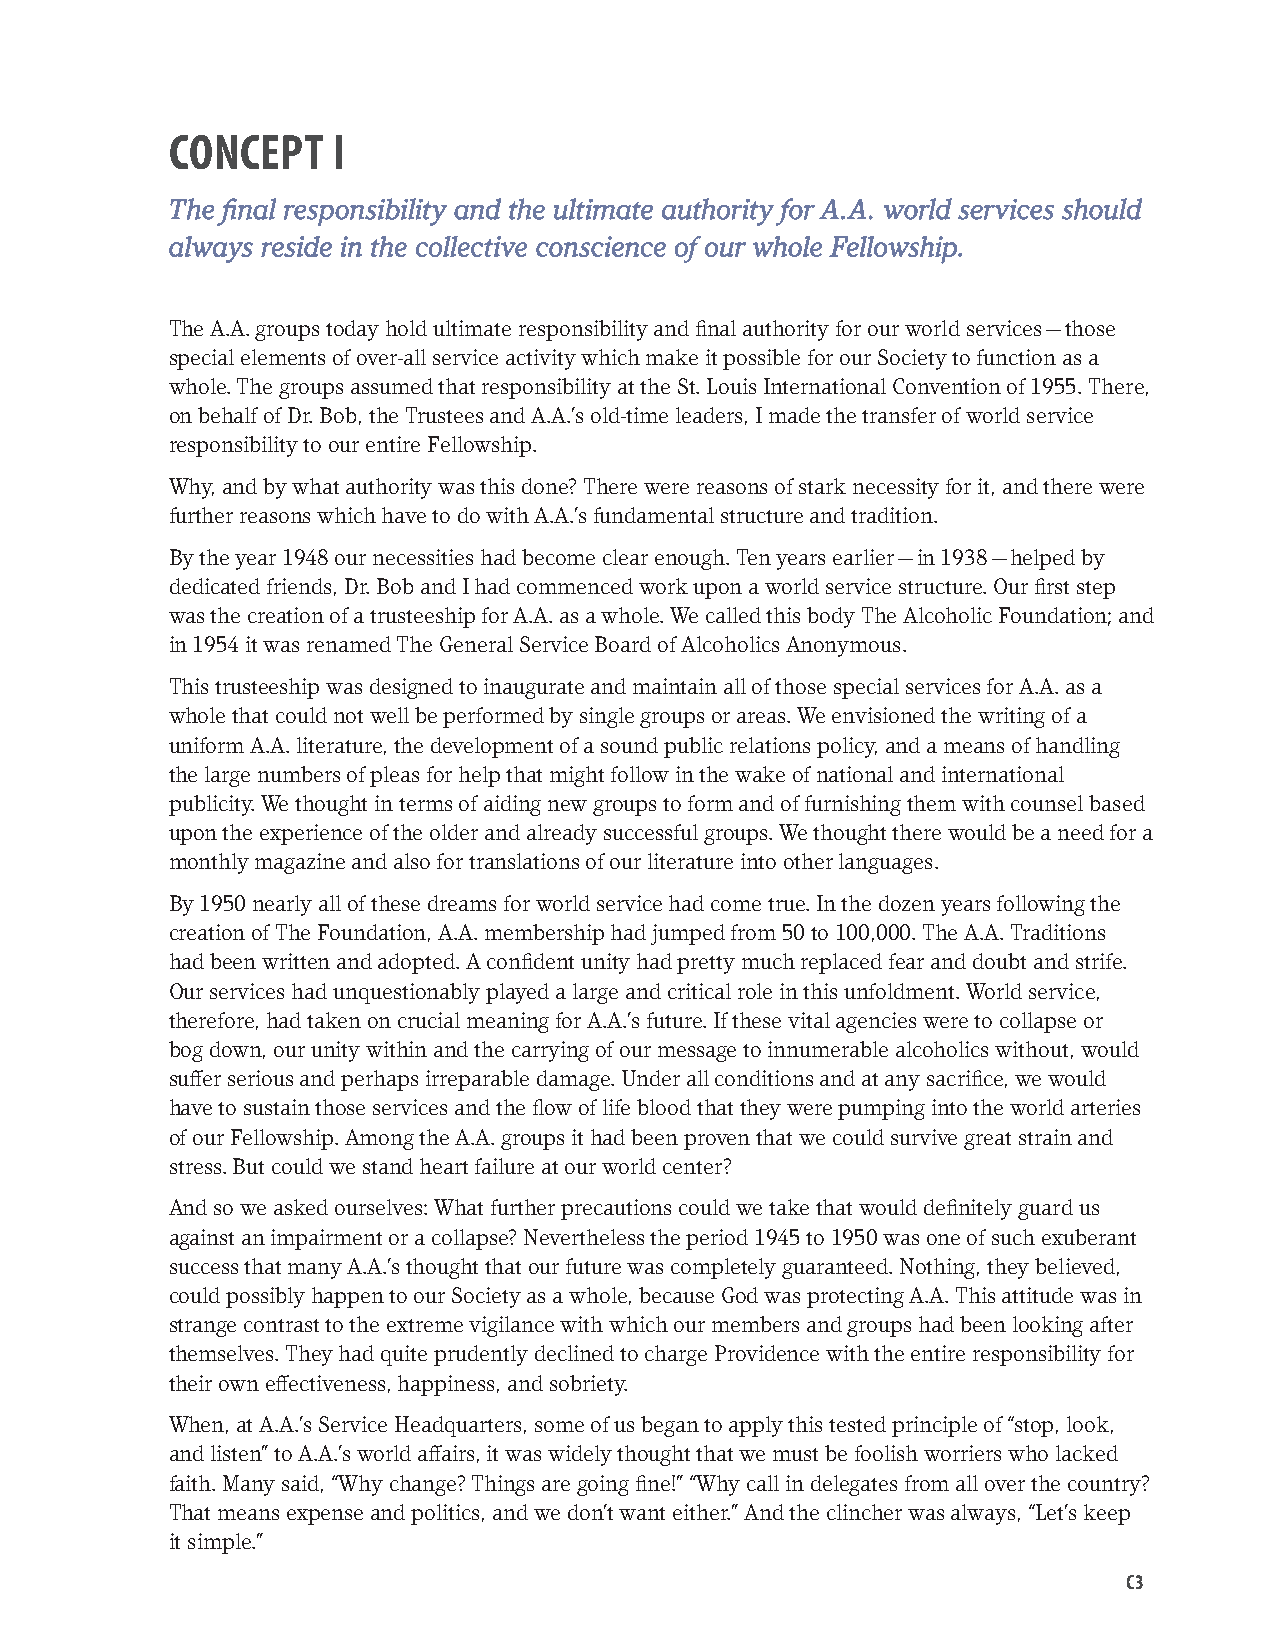
CONCEPT    I
 The final responsibility and the ultimate authority for A.A. world services should
 always reside in the collective conscience of our whole Fellowship.
 The A.A. groups today hold ultimate responsibility and final authority for our world services — those
 special elements of over-all service activity which make it possible for our Society to function as a
 whole. The groups assumed that responsibility at the St. Louis International Convention of 1955. There,
 on behalf of Dr. Bob, the Trustees and A.A.’s old-time leaders, I made the transfer of world service
 responsibility to our entire Fellowship.
 Why, and by what authority was this done? There were reasons of stark necessity for it, and there were
 further reasons which have to do with A.A.’s fundamental structure and tradition.
 By the year 1948 our necessities had become clear enough. Ten years earlier — in 1938 — helped by
 dedicated friends, Dr. Bob and I had commenced work upon a world service structure. Our first step
 was the creation of a trusteeship for A.A. as a whole. We called this body The Alcoholic Foundation; and
 in 1954 it was renamed The General Service Board of Alcoholics Anonymous.
 This trusteeship was designed to inaugurate and maintain all of those special services for A.A. as a
 whole that could not well be performed by single groups or areas. We envisioned the writing of a
 uniform A.A. literature, the development of a sound public relations policy, and a means of handling
 the large numbers of pleas for help that might follow in the wake of national and international
 publicity. We thought in terms of aiding new groups to form and of furnishing them with counsel based
 upon the experience of the older and already successful groups. We thought there would be a need for a
 monthly magazine and also for translations of our literature into other languages.
 By 1950 nearly all of these dreams for world service had come true. In the dozen years following the
 creation of The Foundation, A.A. membership had jumped from 50 to 100,000. The A.A. Traditions
 had been written and adopted. A confident unity had pretty much replaced fear and doubt and strife.
 Our services had unquestionably played a large and critical role in this unfoldment. World service,
 therefore, had taken on crucial meaning for A.A.’s future. If these vital agencies were to collapse or
 bog down, our unity within and the carrying of our message to innumerable alcoholics without, would
 suffer serious and perhaps irreparable damage. Under all conditions and at any sacrifice, we would
 have to sustain those services and the flow of life blood that they were pumping into the world arteries
 of our Fellowship. Among the A.A. groups it had been proven that we could survive great strain and
 stress. But could we stand heart failure at our world center?
 And so we asked ourselves: What further precautions could we take that would definitely guard us
 against an impairment or a collapse? Nevertheless the period 1945 to 1950 was one of such exuberant
 success that many A.A.’s thought that our future was completely guaranteed. Nothing, they believed,
 could possibly happen to our Society as a whole, because God was protecting A.A. This attitude was in
 strange contrast to the extreme vigilance with which our members and groups had been looking after
 themselves. They had quite prudently declined to charge Providence with the entire responsibility for
 their own effectiveness, happiness, and sobriety.
 When, at A.A.’s Service Headquarters, some of us began to apply this tested principle of “stop, look,
 and listen” to A.A.’s world affairs, it was widely thought that we must be foolish worriers who lacked
 faith. Many said, “Why change? Things are going fine!” “Why call in delegates from all over the country?
 That means expense and politics, and we don’t want either.” And the clincher was always, “Let’s keep
 it simple.”
 C3